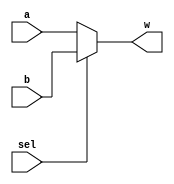
`timescale 1ns/1ns

module MUX13(sel, a, b, w);
  input sel;
  input[12:0] a, b;
  output[12:0] w;
    
  assign w = (sel == 0) ? a : b;	
endmodule




module MUX16(sel, a, b, w);
  input sel;
  input[15:0] a, b;
  output[15:0] w;
  
  assign w = (sel == 0) ? a : b;	
endmodule